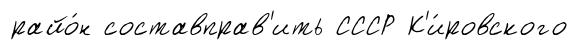
райо́н составправ'ить СССР К'и́ровского